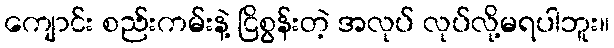
ကျောင်း စည်းကမ်းနဲ့ ငြိစွန်းတဲ့ အလုပ် လုပ်လို့မရပါဘူး။